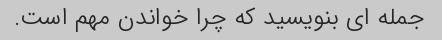
جمله ای بنویسید که چرا خواندن مهم است.